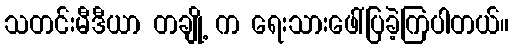
သတင်းမီဒီယာ တချို့ က ရေးသားဖေါ်ပြခဲ့ကြပါတယ်။